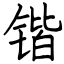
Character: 锴